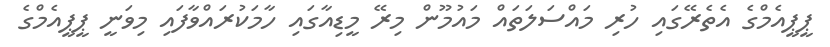
ޕީޕީއެމްގެ އެތެރޭގައި ހުރި މައްސަލަތައް މައުމޫން މިރޭ މީޑިއާގައި ހާމަކުރައްވާފައި މިވަނީ ޕީޕީއެމްގެ